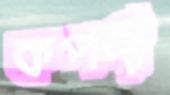
কপর্দী